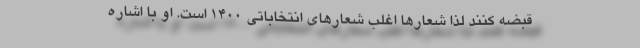
قبضه کنند لذا شعارها اغلب شعارهای انتخاباتی 1400 است. او با اشاره